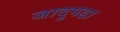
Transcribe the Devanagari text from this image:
जादुपडा